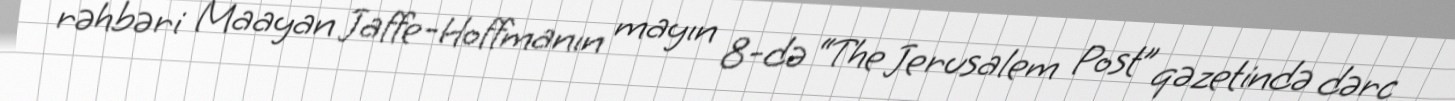
rəhbəri Maayan Jaffe-Hoffmanın mayın 8-də “The Jerusalem Post” qəzetində dərc